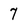
Character: 7